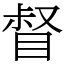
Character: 督